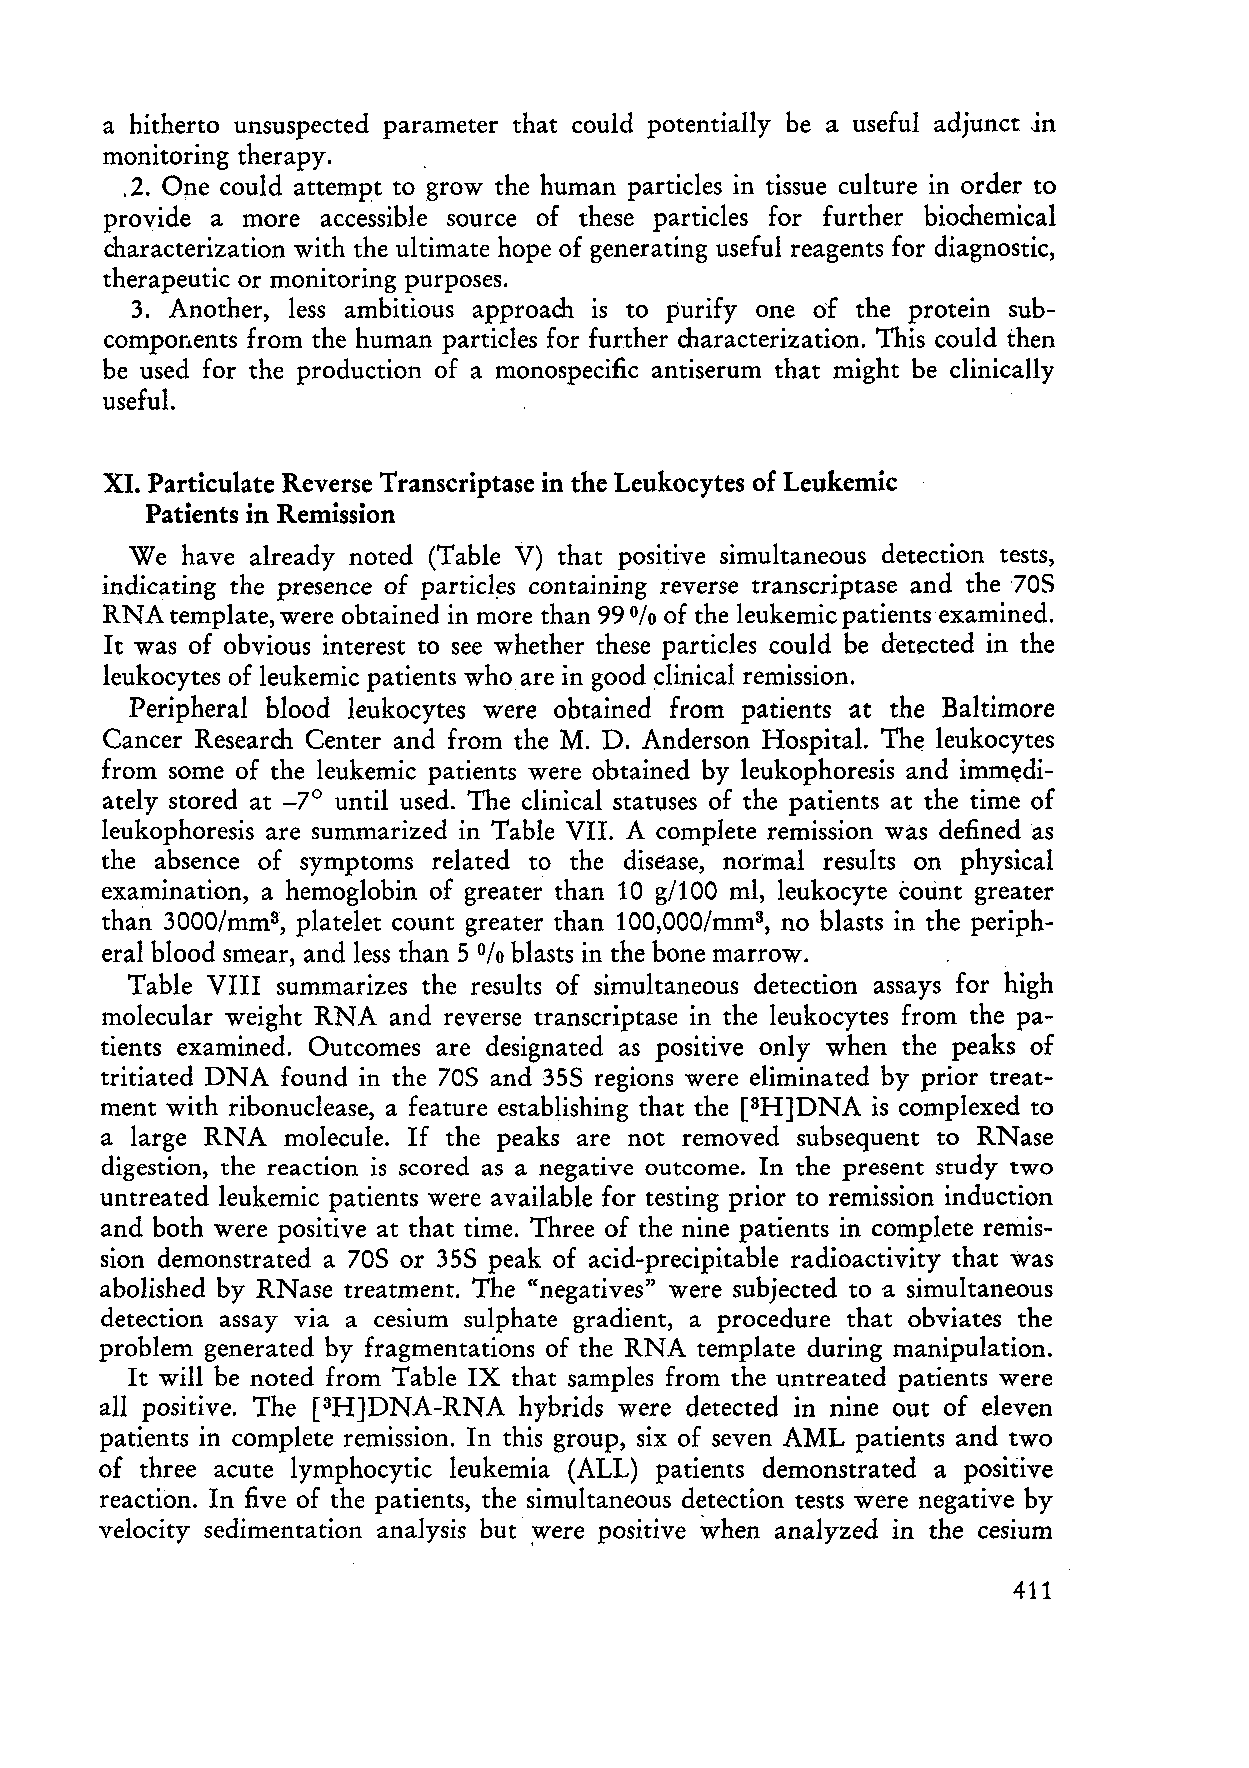
a hitherto ul1suspected parameter that could potentially be a useful adjunct in
 monitoring therapy.  .
 .2. Ope could attempt to grow the human particles in tissue culture in order to
 provide a more accessible source of these particles for further biochemical
 characterization with the ultimate hope of generating useful reagents for diagnostic,
 therapeutic or monitoring purposes.
 3. Another, less ambitious approach is to purify one oE the protein sub
 compoflents from the human particles for further characterization. This could then
 be used for the production of a monospecific antiserum that might be clinically
 useful.
 XI. Particulate Reverse Transcriptase in the Leukocytes of Leukemic
 Patients in Remission
 We have already noted (Table V) that positive simultaneous detection tests,
 indicating the presence of particl~s containing reverse transcriptase and the 70S
 RNA template, were obtained in more than 99 of the leukemic patients examined.
 %
 It was of obvious interest to see whether these particles could be detected in the
 leukocytes of leukemic patients who are in good clinical remission.
 Peripheral blood leukocytes were obtained from patients at the Baltimore
 Cancer Research Center and from the M. D. Anderson Hospital. The leukocytes
 from some of the leukemic patients were obtained by leukophoresis and immedi
 ately stored at _7° until used. The clinical status es of the patients at the time of
 leukophoresis are summarized in Table VII. A complete remission was definedas
 the absence of symptoms related to the disease, notmal results on physical
 examination, a hemoglobin of greater than 10 g/IOO ml, leukocyte count greater
 3                               3
 than 3000/mm , platelet count greater than 100,000/mm , no bl asts in the periph
 er al blood smear, and less than 5 bl asts in the bone marrow.
 %
 Table VIII summarizes the results of simultaneous detection assays for high
 molecular weight RNA and reverse transcriptase in the leukocytes from the pa
 tients examined. Outc omes are designated as positive only when the peaks of
 tritiated DNA found in the 705 and 355 regions were eliminated by prior treat
 ment with ribonuclease, a feature establishing that the [3H]DNA is complexed to
 a large RNA molecule. If the peaks are not removed subsequent to RNase
 digestion, the reaction is scored as a negative outcome. In the present study two
 untreated leukemic patients were available for testing prior to remission induction
 and both were positive at that time. Three of the nine patients in complete remis
 sion demonstrated a 705 or 355 peak of acid-precipitable radioactivity that was
 abolished by RNase treatment. The "negatives" were subjected to a simultaneous
 detection assay via a cesium sulphate gradient, a procedure that obviates the
 problem generated by fragmentations of the RNA template during manipulation.
 It will be noted from Table IX that sampies from the untreated patients were
 a11 positive. The [3H]DNA-RNA hybrids were detected in nine out of eleven
 patients in complete remission. In this group, six of seven AML patients and two
 of three acute lymphocytic leukemia (ALL) patients demonstrated a positive
 reaction. In five of the patients, the simultaneous detection tests were negative by
 velocity sedimentation analysis but' -yrere positive when analyzed in the ceSlUm
 411